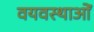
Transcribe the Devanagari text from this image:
वयवस्थाओं